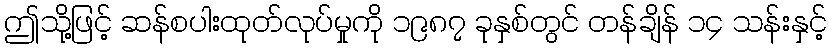
ဤသို့ဖြင့် ဆန်စပါးထုတ်လုပ်မှုကို ၁၉၈၇ ခုနှစ်တွင် တန်ချိန် ၁၄ သန်းနှင့်